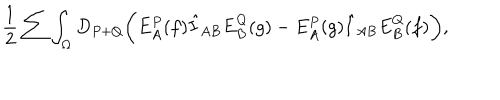
{ \frac { 1 } { 2 } } \sum \int _ { \Omega } D _ { P + Q } \biggl ( E _ { A } ^ { P } ( f ) \hat { I } _ { A B } E _ { B } ^ { Q } ( g ) - E _ { A } ^ { P } ( g ) \hat { I } _ { A B } E _ { B } ^ { Q } ( f ) \biggr ) ,